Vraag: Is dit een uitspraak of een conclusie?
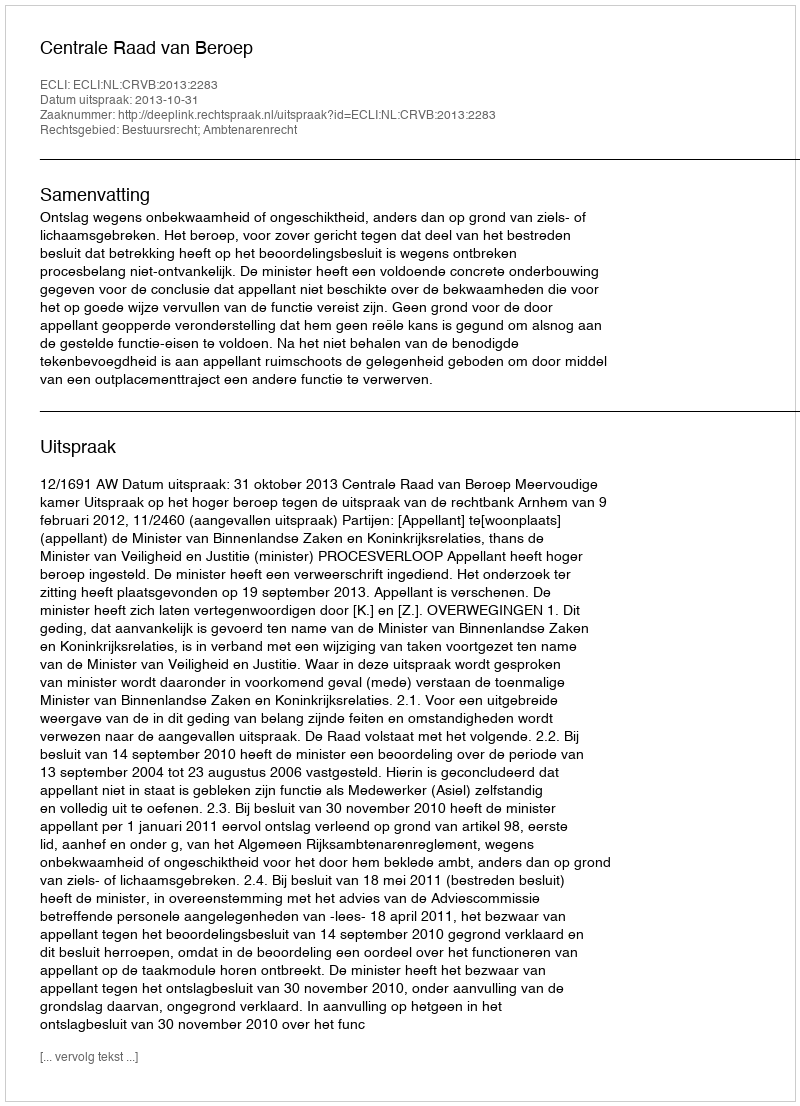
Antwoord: Uitspraak